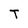
Character: T